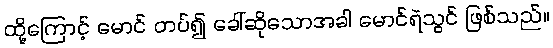
ထို့ကြောင့် မောင် တပ်၍ ခေါ်ဆိုသောအခါ မောင်ရဲသွင် ဖြစ်သည်။